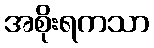
အစိုးရကသာ